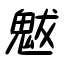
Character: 魃